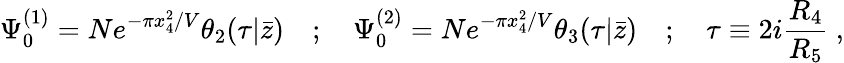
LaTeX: \Psi_{0}^{(1)}=Ne^{-\pi x_{4}^{2}/V}\theta_{2}(\tau|\bar{z})\quad;\quad\Psi_{0}^{(2)}=Ne^{-\pi x_{4}^{2}/V}\theta_{3}(\tau|\bar{z})\quad;\quad\tau\equiv 2i{\frac{R_{4}}{R_{5}}}\ ,